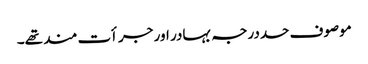
موصوف حددرجہ بہادر اور جرأت مند تھے۔